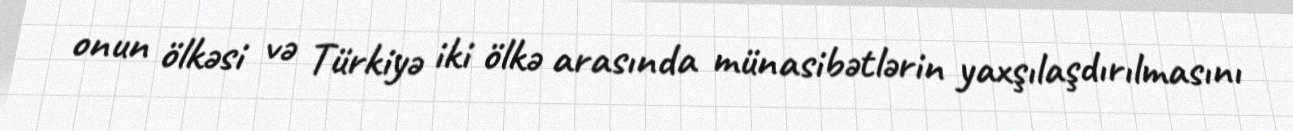
onun ölkəsi və Türkiyə iki ölkə arasında münasibətlərin yaxşılaşdırılmasını